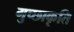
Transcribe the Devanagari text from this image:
गुच्छाकृति